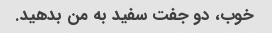
خوب، دو جفت سفید به من بدهید.